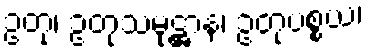
ဥတု၊ ဥတုသမုဋ္ဌာန၊ ဥတုပစ္စယ၊